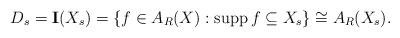
LaTeX: \begin{align*}D_s=\mathbf{I}(X_s)= \left\lbrace f \in A_R(X) : \operatorname{supp}f\subseteq X_s\right\rbrace \cong A_R(X_s).\end{align*}